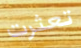
تعثرت